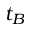
t _ { B }